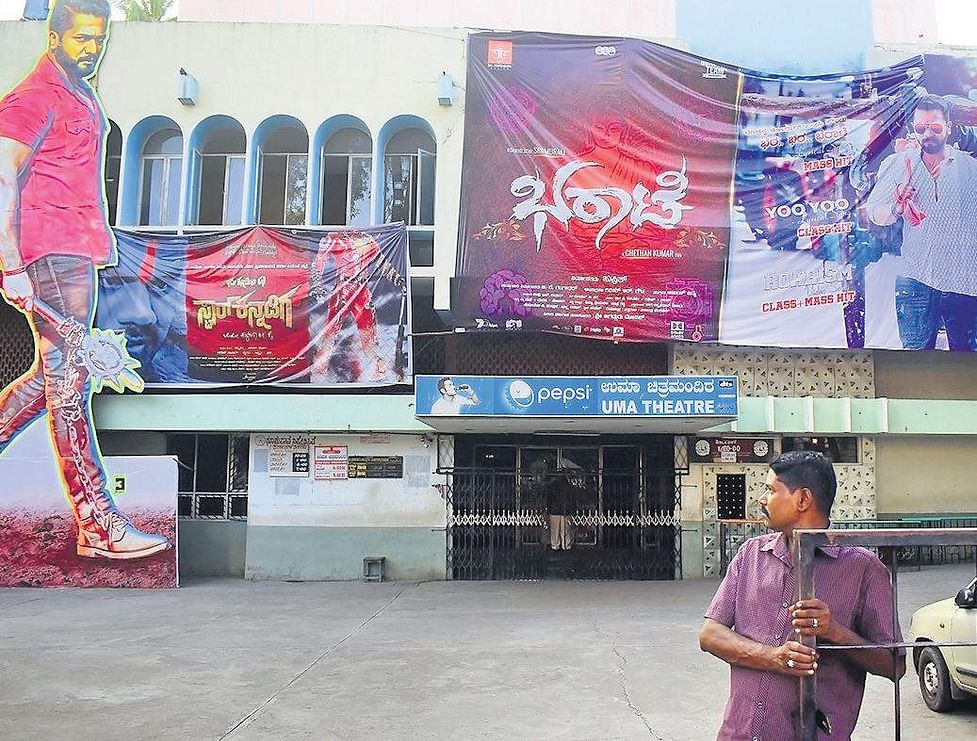
Language: kannada
Transcription: ಭರಾಟೆ